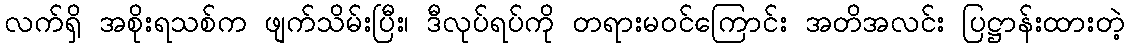
လက်ရှိ အစိုးရသစ်က ဖျက်သိမ်းပြီး၊ ဒီလုပ်ရပ်ကို တရားမဝင်ကြောင်း အတိအလင်း ပြဋ္ဌာန်းထားတဲ့